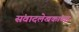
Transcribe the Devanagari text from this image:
संवादलेखकांच्या